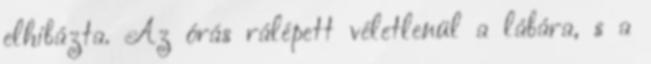
elhibázta. Az órás rálépett véletlenül a lábára, s a